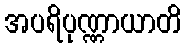
အပရိပုဏ္ဏာယာတိ